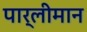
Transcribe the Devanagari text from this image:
पार्लीमान